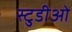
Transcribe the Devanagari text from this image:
स्टुडीओ